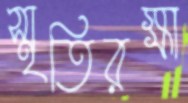
স্মৃতিরক্ষা